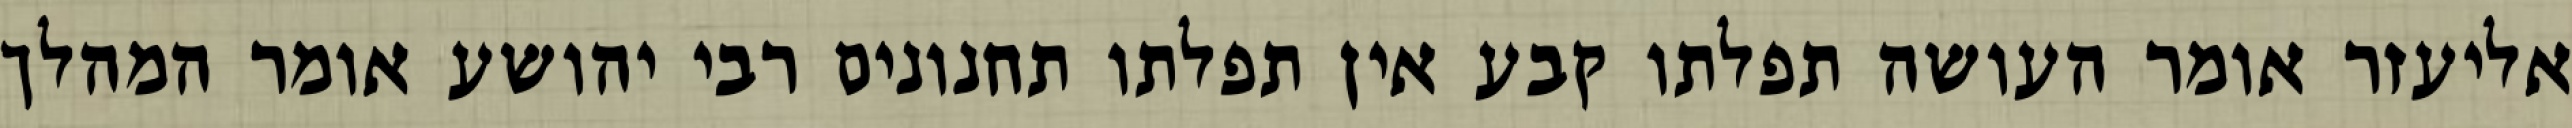
אליעזר אומר העושה תפלתו קבע אין תפלתו תחנונים רבי יהושע אומר המהלך